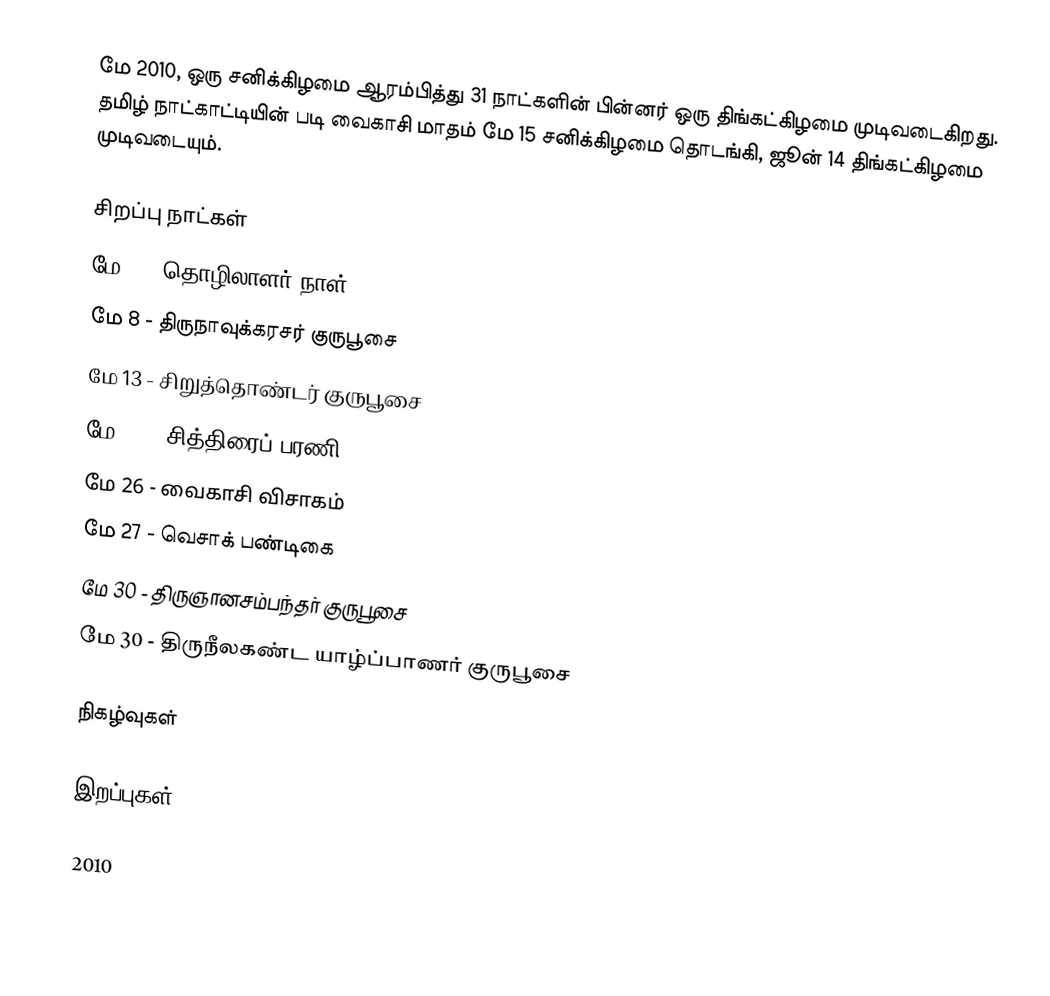
மே 2010, ஒரு சனிக்கிழமை ஆரம்பித்து 31 நாட்களின் பின்னர் ஒரு திங்கட்கிழமை முடிவடைகிறது. தமிழ் நாட்காட்டியின் படி வைகாசி மாதம் மே 15 சனிக்கிழமை தொடங்கி, ஜூன் 14 திங்கட்கிழமை முடிவடையும்.

சிறப்பு நாட்கள்
 மே 1 - தொழிலாளர் நாள்
 மே 8 - திருநாவுக்கரசர் குருபூசை
 மே 13 - சிறுத்தொண்டர் குருபூசை
 மே 13 - சித்திரைப் பரணி
 மே 26 - வைகாசி விசாகம்
 மே 27 - வெசாக் பண்டிகை
 மே 30 - திருஞானசம்பந்தர் குருபூசை
 மே 30 - திருநீலகண்ட யாழ்ப்பாணர் குருபூசை

நிகழ்வுகள்

இறப்புகள்

2010